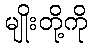
မျိုးတို့ကို